Vaccination in Bombay 1902-1912 - 1902-1912
Year: 1902
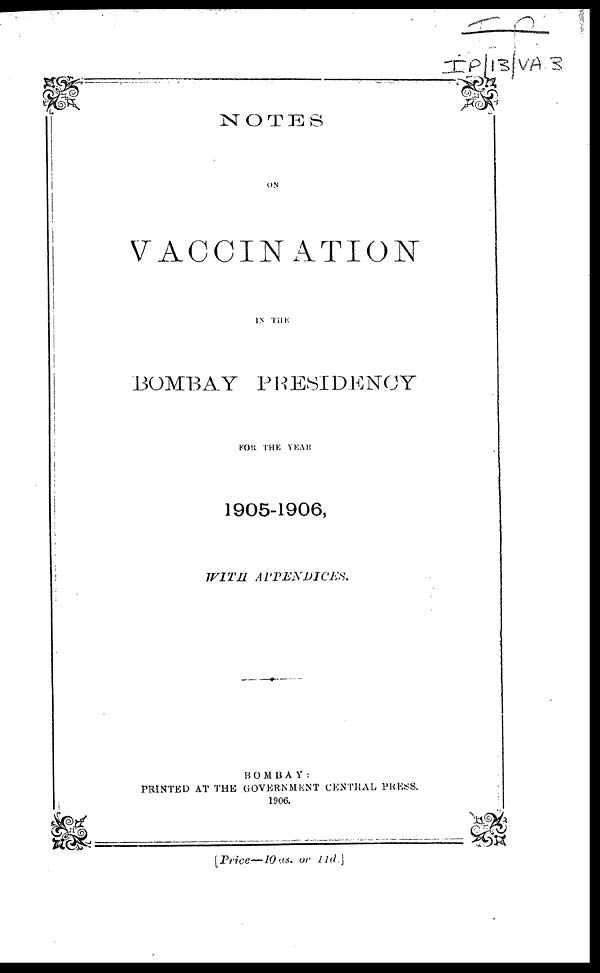
NOTES
ON
VACCINATION
IN THE
BOMBAY PRESIDENCY
FOR THE YEAR
1905-1906,
WITH
APPENDICES.
BOMBAY:
PRINTED AT THE GOVERNMENT CENTRAL PRESS.
1906.
[Price—10 as. or 11d.]